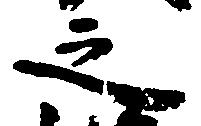
之